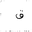
Letter: _qaf